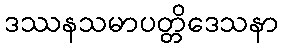
ဒဿနသမာပတ္တိဒေသနာ